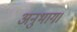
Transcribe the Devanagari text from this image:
अनुभाग।